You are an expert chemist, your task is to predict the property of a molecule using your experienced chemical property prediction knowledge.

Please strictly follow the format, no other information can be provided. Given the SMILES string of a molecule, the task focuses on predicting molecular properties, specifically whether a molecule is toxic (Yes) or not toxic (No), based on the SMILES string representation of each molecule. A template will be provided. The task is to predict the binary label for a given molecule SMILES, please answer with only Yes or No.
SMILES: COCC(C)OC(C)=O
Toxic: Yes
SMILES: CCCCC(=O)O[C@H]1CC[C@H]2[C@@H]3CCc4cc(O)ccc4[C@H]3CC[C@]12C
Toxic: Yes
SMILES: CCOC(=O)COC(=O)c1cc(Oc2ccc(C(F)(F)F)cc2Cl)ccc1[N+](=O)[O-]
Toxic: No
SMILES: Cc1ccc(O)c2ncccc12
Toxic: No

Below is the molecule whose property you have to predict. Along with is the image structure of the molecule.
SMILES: O=C(/C=C/c1ccc([N+](=O)[O-])cc1)c1ccccc1
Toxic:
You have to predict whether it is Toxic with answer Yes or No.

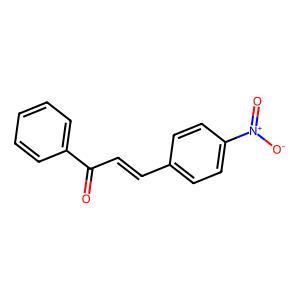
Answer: No